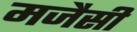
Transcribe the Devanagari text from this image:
मजैसी